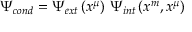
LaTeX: \Psi _ { c o n d } = \Psi _ { e x t } \left( x ^ { \mu } \right) \, \Psi _ { i n t } \left( x ^ { m } , x ^ { \mu } \right)